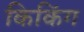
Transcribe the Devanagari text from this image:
किकिंग